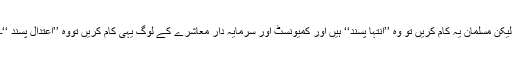
لیکن مسلمان یہ کام کریں تو وہ ’’انتہا پسند‘‘ ہیں اور کمیونسٹ اور سرمایہ دار معاشرے کے لوگ یہی کام کریں تووہ ’’اعتدال پسند ‘‘۔